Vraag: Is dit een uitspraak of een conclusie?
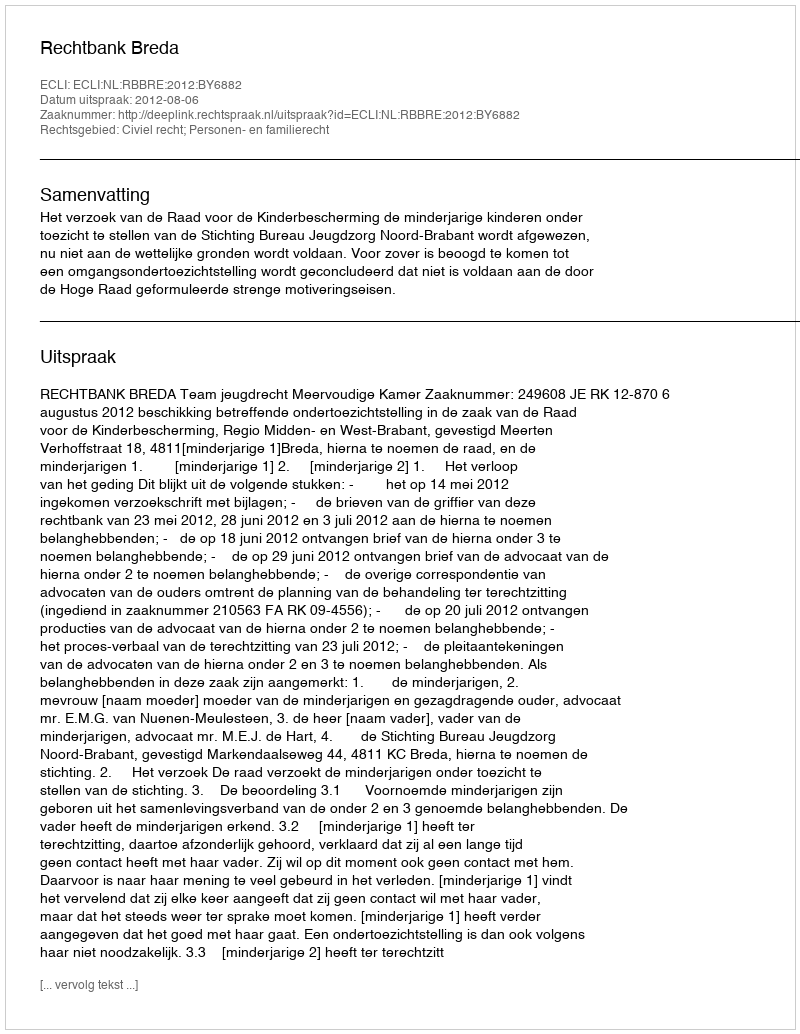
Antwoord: Uitspraak